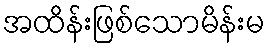
အထိန်းဖြစ်သောမိန်းမ